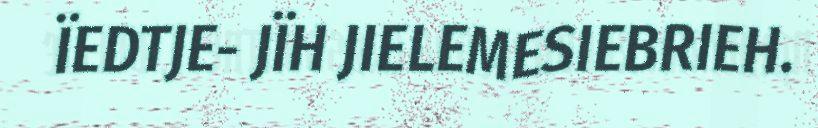
ÏEDTJE- JÏH JIELEMESIEBRIEH.